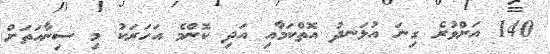
140 އަށްވުރެ ގިނަ އުޅަނދު އޮތްކަމާއި އަދި ކޮންމެ އަހަރަކު މި ސިނާއަތަށް